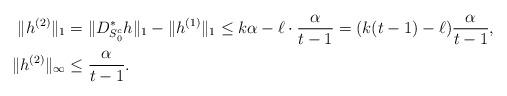
LaTeX: \begin{align*}\|h^{(2)}\|_1&=\|D^*_{S_0^c}h\|_1-\|h^{(1)}\|_1\leq k\alpha-\ell \cdot \frac{ \alpha}{t-1}=(k(t-1)-\ell)\frac{\alpha}{t-1},\\\|h^{(2)}\|_\infty&\leq \frac{\alpha}{t-1}.\end{align*}